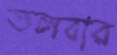
তলবার